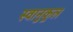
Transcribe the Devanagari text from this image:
स्वानुकूल